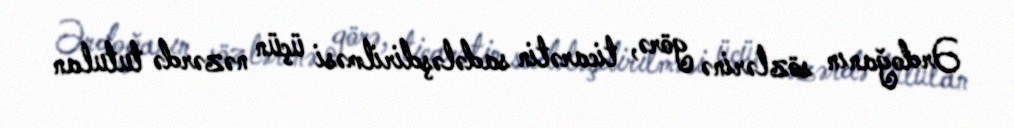
Ərdoğanın sözlərinə görə, ticarətin sadələşdirilməsi üçün nəzərdə tutulan